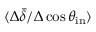
\langle \Delta \bar { \delta } / \Delta \cos \theta _ { \mathrm { i n } } \rangle